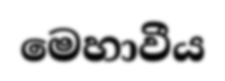
මෙහාවීය